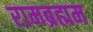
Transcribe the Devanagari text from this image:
रामब्रह्मम